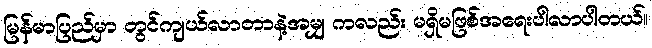
မြန်မာပြည်မှာ တွင်ကျယ်လာတာနဲ့အမျှ ကလည်း မရှိမဖြစ်အရေးပါလာပါတယ်။